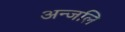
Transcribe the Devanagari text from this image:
अन्जलि